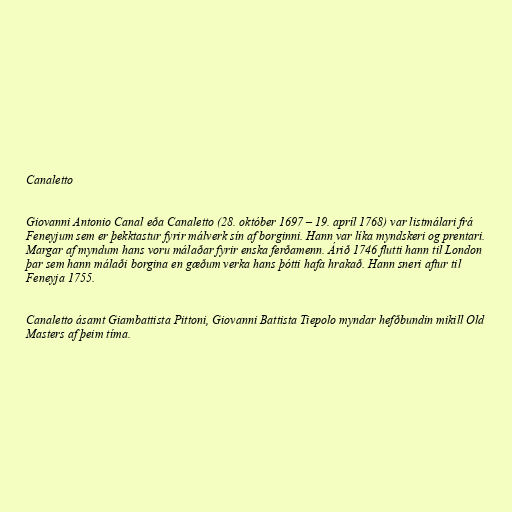
Canaletto

Giovanni Antonio Canal eða Canaletto (28. október 1697 – 19. apríl 1768) var listmálari frá
Feneyjum sem er þekktastur fyrir málverk sín af borginni. Hann var líka myndskeri og prentari.
Margar af myndum hans voru málaðar fyrir enska ferðamenn. Árið 1746 flutti hann til London
þar sem hann málaði borgina en gæðum verka hans þótti hafa hrakað. Hann sneri aftur til
Feneyja 1755.

Canaletto ásamt Giambattista Pittoni, Giovanni Battista Tiepolo myndar hefðbundin mikill Old
Masters af þeim tíma.